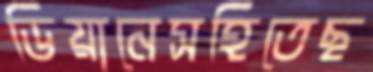
ডিয়ানেসহিতেছ